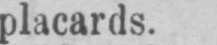
placards.